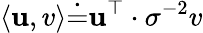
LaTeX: \langle\mathbf{u},v\rangle\dot{{=}}\mathbf{u}^{\top}\cdot{\sigma}^{-2}v